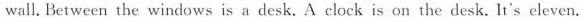
wall. Between the windows is a desk. A clock is on the desk. It's eleven.